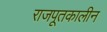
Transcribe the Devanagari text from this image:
राजपूतकालीन